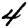
Digit: 4